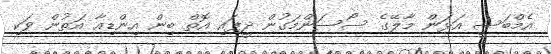
އެމްބަސީ އަޅަން މާލޭގެ ސޯސަންމަގުން ދީފައި އޮތް ބިން އިންޑިއާ އަތުން ވަކި